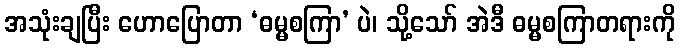
အသုံးချပြီး ဟောပြောတာ ‘ဓမ္မစကြာ’ ပဲ၊ သို့သော် အဲဒီ ဓမ္မစကြာတရားကို